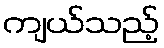
ကျယ်သည့်